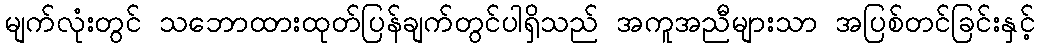
မျက်လုံးတွင် သဘောထားထုတ်ပြန်ချက်တွင်ပါရှိသည် အကူအညီများသာ အပြစ်တင်ခြင်းနှင့်